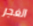
الغجر